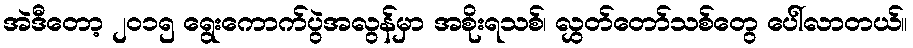
အဲဒီတော့ ၂၀၁၅ ရွေးကောက်ပွဲအလွန်မှာ အစိုးရသစ်၊ လွှတ်တော်သစ်တွေ ပေါ်လာတယ်။